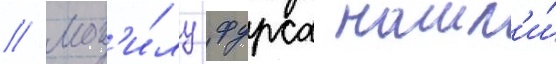
// Мог'и́лу фурса нашл'и́